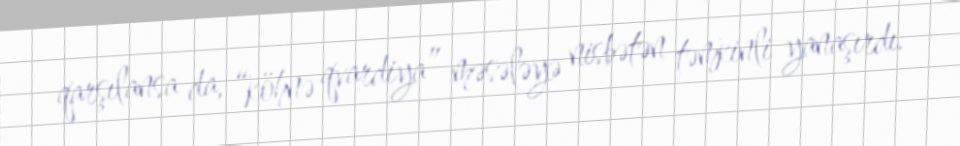
qarşılansa da, “köhnə qvardiya” məsələyə nisbətən təmkinli yanaşırdı.